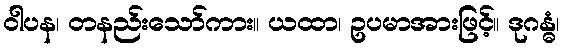
ဝါပန၊ တနည်းသော်ကား။ ယထာ၊ ဥပမာအားဖြင့်။ ဒုဂန္ဓံ၊